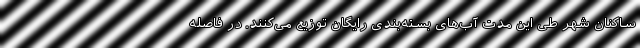
ساکنان شهر طی این مدت آب‌های بسته‌بندی رایگان توزیع می‌کنند. در فاصله